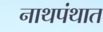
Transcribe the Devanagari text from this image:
नाथपंथात